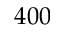
4 0 0